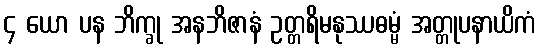
၄ ယော ပန ဘိက္ခု အနဘိဇာနံ ဥတ္တရိမနုဿဓမ္မံ အတ္တုပနာယိကံ